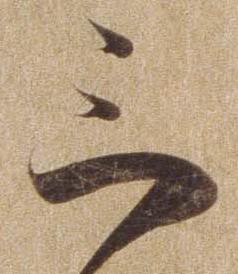
三